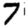
Digit: 7